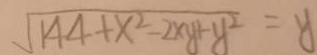
\sqrt { 1 4 4 + x ^ { 2 } - 2 x y + y ^ { 2 } } = y